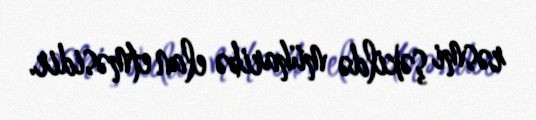
rəsmi şəkildə müharibə elan etməsidir.